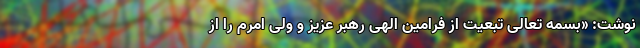
نوشت: «بسمه تعالی تبعیت از فرامین الهی رهبر عزیز و ولی امرم را از